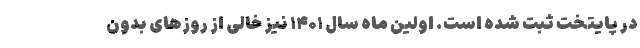
در پایتخت ثبت شده است. اولین ماه سال ۱۴۰۱ نیز خالی از روزهای بدون